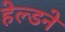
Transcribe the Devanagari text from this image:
हेल्डने